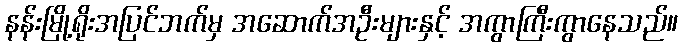
နန်းမြို့ရိုးအပြင်ဘက်မှ အဆောက်အဦးများနှင့် အကွာကြီးကွာနေသည်။